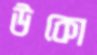
উকো